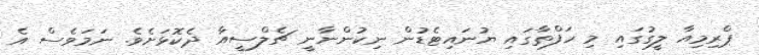
ޕްރިމިއާ ލީގުގައި މި ހަފްތާގައި ޔުނައިޓެޑުން ނިކުންނާނީ ޗެލްސީއާ ދެކޮޅަށެވެ. ނަމަވެސް އެ